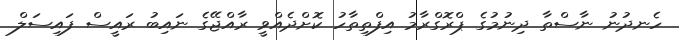
ހެނދުނު ނާސްތާ ދިނުމުގެ ޕްރޮގްރާމު އިފްތިތާހު ކޮށްދެއްވީ ރާއްޖޭގެ ނައިބު ރައީސް ފައިސަލް